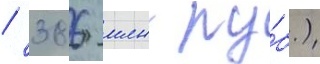
/ 386 млн ру́б.)